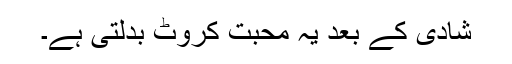
شادی کے بعد یہ محبت کروٹ بدلتی ہے۔